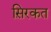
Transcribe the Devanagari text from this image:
स़िरकत